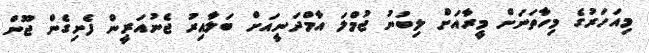
މިއަހަރުގެ މިހާތަނަށް މީރާއަށް ލިބުނު ޖުމްލަ އާމްދަނީއަށް ބަލާއިރު ޖެނުއަރީން ފެށިގެން ޖޫން